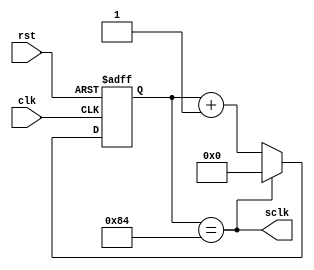
`timescale 1ns / 1ps

module clk_div_sclk( //Divisor de frecuencia para obtener sclk 706,71 kHz (16 veces 44,1 kHz)
	input wire clk,rst,
	output wire sclk
    );

reg[7:0] contador_sclk, contador_sclk_next;
wire pulse_sclk;

always@(posedge clk, posedge rst)
	begin
		if(rst)
			contador_sclk <= 8'b0;
		else
			contador_sclk <= contador_sclk_next;
	end

always@*
	begin
		contador_sclk_next = (pulse_sclk)? 8'b0: contador_sclk + 1'b1;
	end

assign pulse_sclk = (contador_sclk == 8'd132);
assign sclk = pulse_sclk;

endmodule